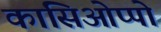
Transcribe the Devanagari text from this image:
कासिओप्पो